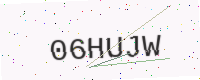
Text: 06HUJW